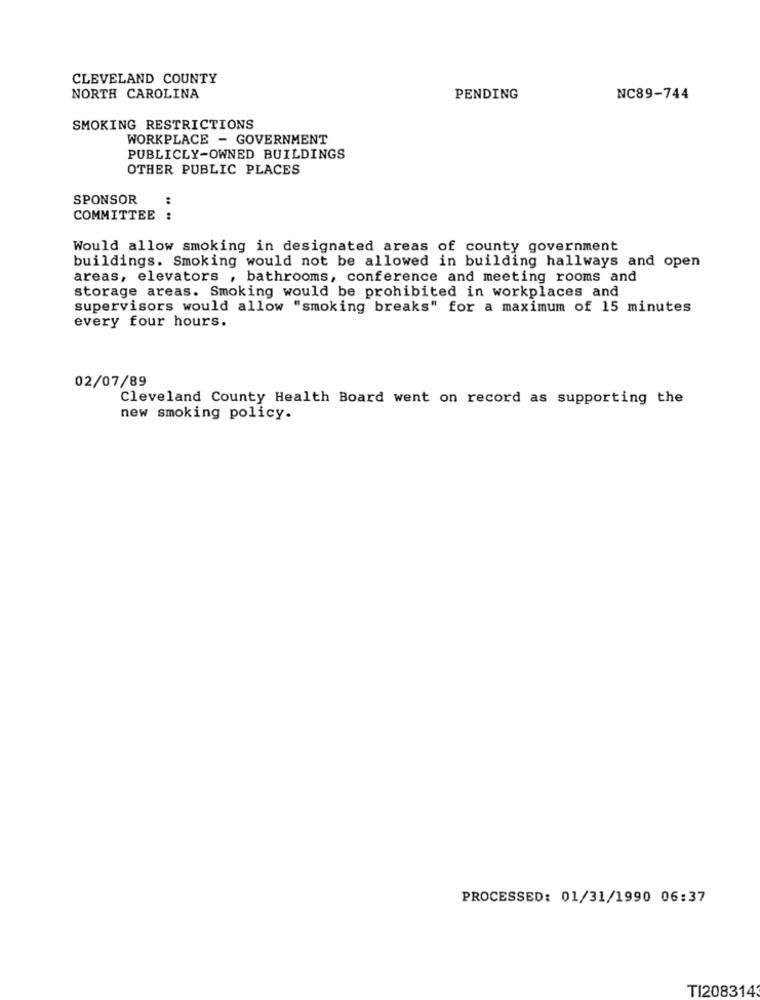
CLEVELAND COUNTY
NORTH CAROLINA
PENDING
NC89-744
SMOKING RESTRICTIONS
WORKPLACE - GOVERNMENT
PUBLICLY-OWNED BUILDINGS
OTHER PUBLIC PLACES
SPONSOR
:
COMMITTEE
Would allow smoking in designated areas of county government
buildings. Smoking would not be allowed in building hallways and open
areas, elevators , bathrooms, conference and meeting rooms and
storage areas. Smoking would be prohibited in workplaces and
supervisors would allow "smoking breaks" for a maximum of 15 minutes
every four hours.
02/07/89
Cleveland County Health Board went on record as supporting the
new smoking policy.
PROCESSED: 01/31/1990 06:37
TI208314